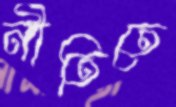
নীতিতে